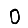
Digit: 0